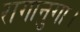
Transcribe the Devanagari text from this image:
रागानुगा।